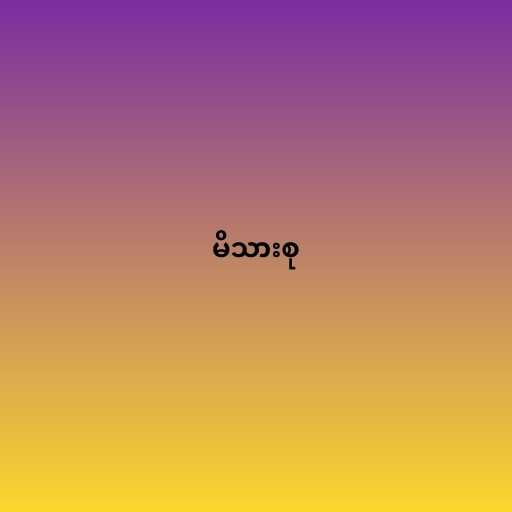
မိသားစု